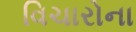
વિચારોના